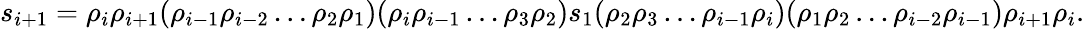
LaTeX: s_{i+1}=\rho_{i}\rho_{i+1}(\rho_{i-1}\rho_{i-2}\dots\rho_{2}\rho_{1})(\rho_{i}\rho_{i-1}\dots\rho_{3}\rho_{2})s_{1}(\rho_{2}\rho_{3}\dots\rho_{i-1}\rho_{i})(\rho_{1}\rho_{2}\dots\rho_{i-2}\rho_{i-1})\rho_{i+1}\rho_{i}.